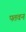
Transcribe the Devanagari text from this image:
पतवन